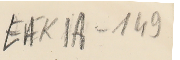
EAK1A-149